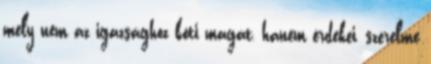
mely nem az igazsághoz köti magát, hanem érdekei, szerelme